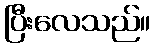
ပြီးလေသည်။